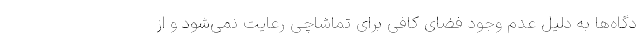
دگاه‌ها به دلیل عدم وجود فضای کافی برای تماشاچی رعایت نمی‌شود و از